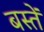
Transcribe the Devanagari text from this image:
बस्‍तें